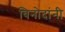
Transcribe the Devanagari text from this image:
विनोदांनी